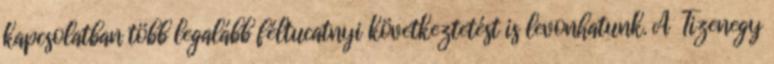
kapcsolatban több legalább féltucatnyi következtetést is levonhatunk. A Tizenegy